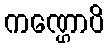
ကဏ္ဌောပိ